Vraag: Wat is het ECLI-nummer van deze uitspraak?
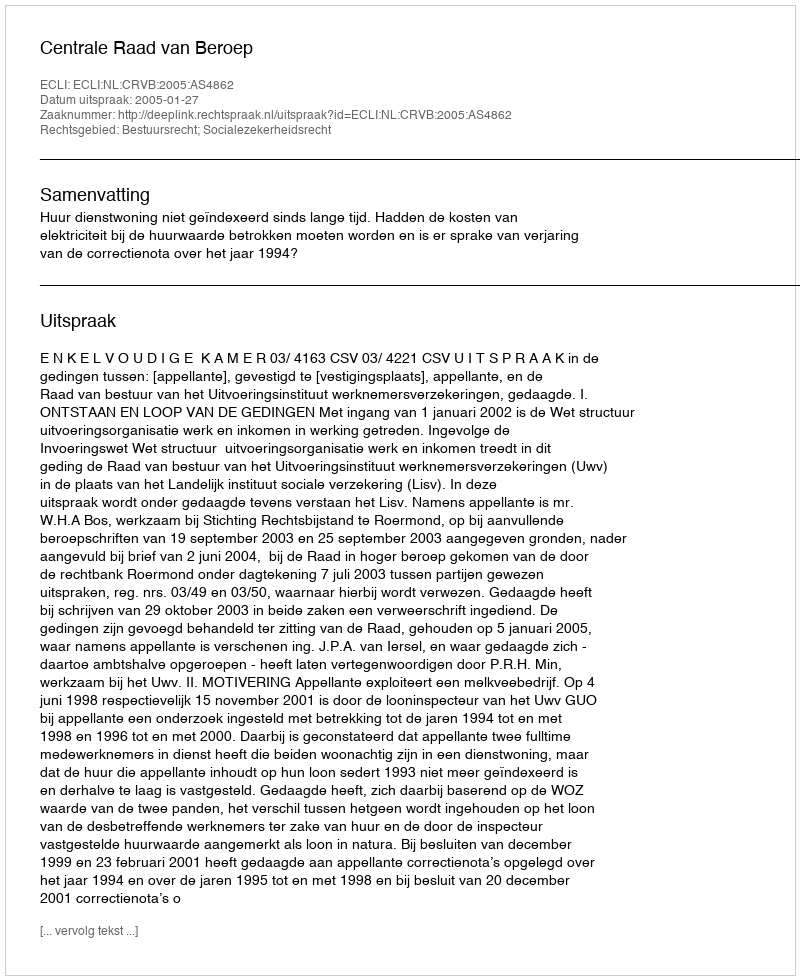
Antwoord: ECLI:NL:CRVB:2005:AS4862